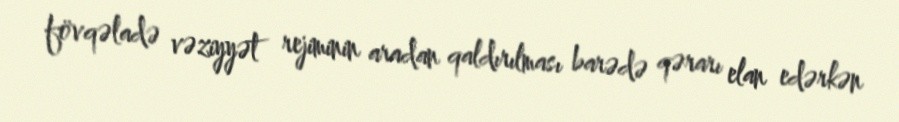
fövqəladə vəziyyət rejiminin aradan qaldırılması barədə qərarı elan edərkən